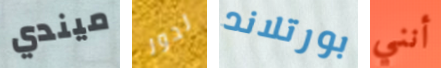
ميندي لدور بورتلاند أنني